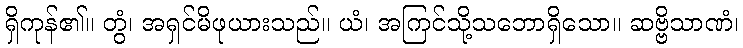
ရှိကုန်၏။ တွံ၊ အရှင်မိဖုယားသည်။ ယံ၊ အကြင်သို့သဘောရှိသော။ ဆဗ္ဗိသာဏံ၊